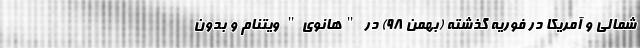
شمالی و آمریکا در فوریه گذشته (بهمن 98) در "هانوی" ویتنام و بدون